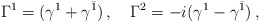
\begin{align*}\Gamma^{1} = (\gamma^{1} + \gamma^{\bar 1})\, ,\quad\Gamma^{2} = -i(\gamma^{1} - \gamma^{\bar 1})\, ,\end{align*}